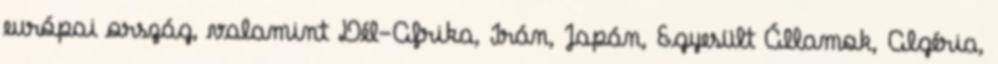
európai ország, valamint Dél-Afrika, Irán, Japán, Egyesült Államok, Algéria,